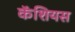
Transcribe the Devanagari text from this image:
कॅशियस